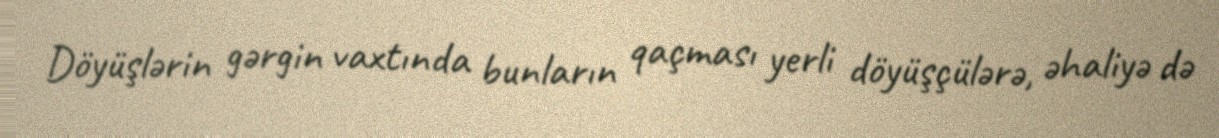
Döyüşlərin gərgin vaxtında bunların qaçması yerli döyüşçülərə, əhaliyə də